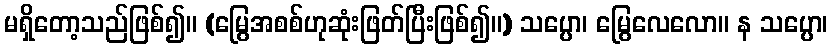
မရှိတော့သည်ဖြစ်၍။ (မြွေအစစ်ဟုဆုံးဖြတ်ပြီးဖြစ်၍။) သပ္ပော၊ မြွေလေလော။ န သပ္ပော၊